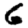
Digit: 6